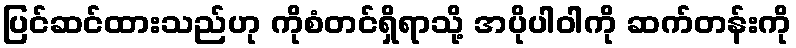
ပြင်ဆင်ထားသည်ဟု ကိုစံတင်ရှိရာသို့ အပိုပါဝါကို ဆက်တန်းကို